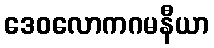
ဒေဝလောကဂမနီယာ